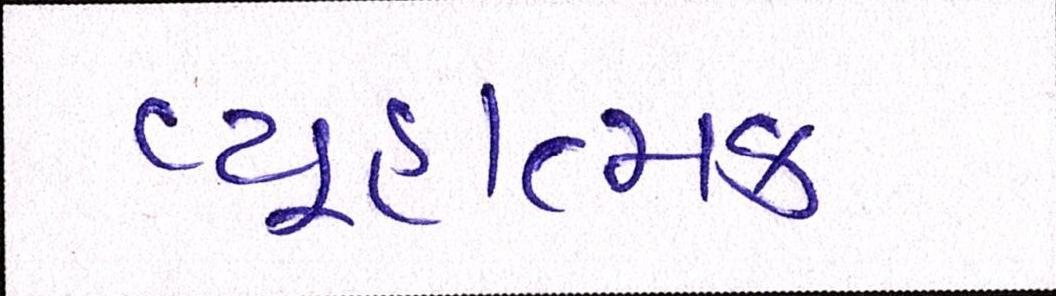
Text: વ્યૂહાત્મક